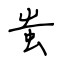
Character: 蚩